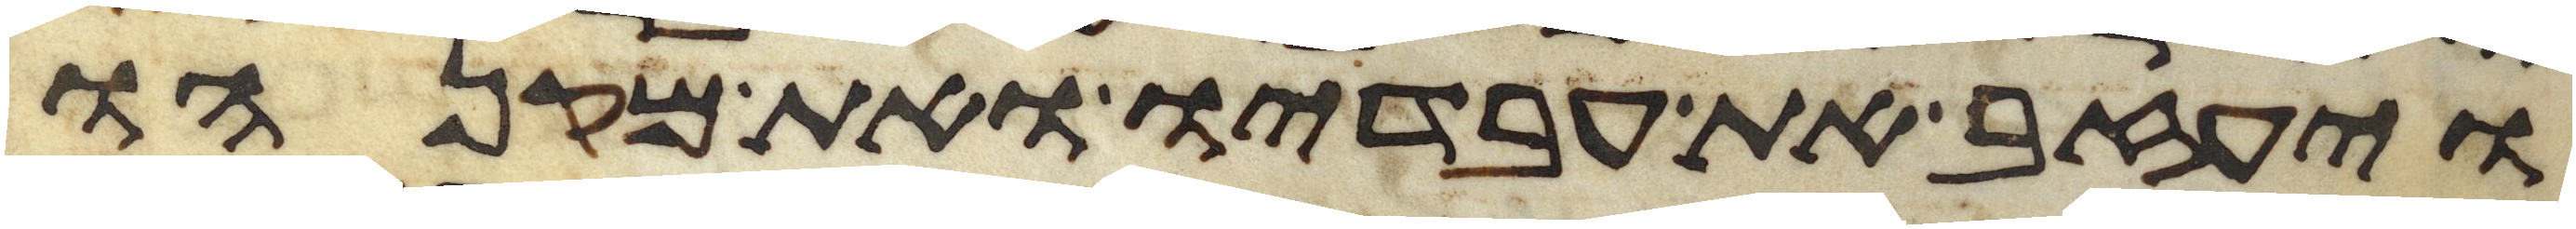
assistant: ויעזב את עבדיו ואת מקנהו